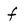
Character: f